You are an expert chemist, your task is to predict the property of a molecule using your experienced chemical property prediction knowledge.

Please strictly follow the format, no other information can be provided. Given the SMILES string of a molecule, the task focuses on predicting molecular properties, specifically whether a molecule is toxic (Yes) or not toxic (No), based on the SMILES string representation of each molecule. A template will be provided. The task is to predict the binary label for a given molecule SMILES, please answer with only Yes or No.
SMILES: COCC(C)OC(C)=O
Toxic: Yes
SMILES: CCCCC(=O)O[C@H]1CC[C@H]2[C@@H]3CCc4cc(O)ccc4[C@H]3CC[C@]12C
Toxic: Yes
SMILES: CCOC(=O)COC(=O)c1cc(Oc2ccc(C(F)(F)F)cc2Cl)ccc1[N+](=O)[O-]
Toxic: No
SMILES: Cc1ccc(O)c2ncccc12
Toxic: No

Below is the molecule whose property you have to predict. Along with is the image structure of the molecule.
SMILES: CCCc1ccc(O)cc1
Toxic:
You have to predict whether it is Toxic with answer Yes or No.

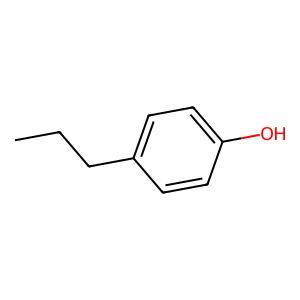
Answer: No